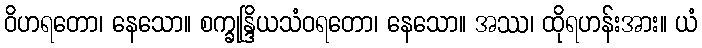
ဝိဟရတော၊ နေသော။ စက္ခုန္ဒြိယသံဝရတော၊ နေသော။ အဿ၊ ထိုရဟန်းအား။ ယံ